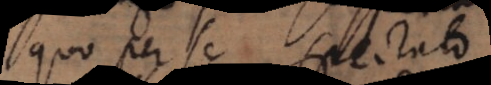
quo per se spectato